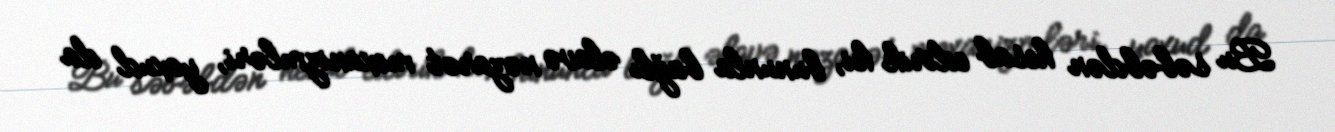
Bu səbəbdən hesab edirik ki, bununla bağlı əlavə nəzarət mexanizmləri, yaxud da